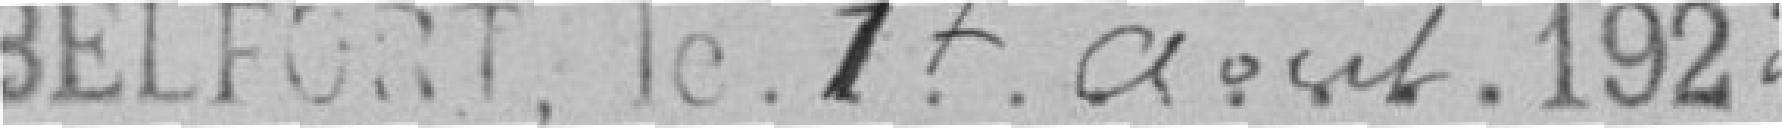
BELFORT, le. 17 août1922